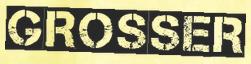
GROSSER